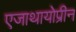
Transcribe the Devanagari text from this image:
एजाथायोप्रीन